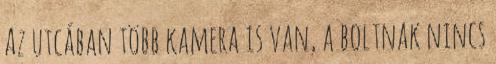
Az utcában több kamera is van, a boltnak nincs